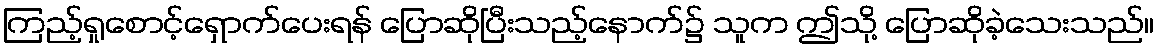
ကြည့်ရှုစောင့်ရှောက်ပေးရန် ပြောဆိုပြီးသည့်နောက်၌ သူက ဤသို့ ပြောဆိုခဲ့သေးသည်။